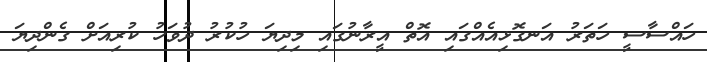
ހައްސާސީ ހަތަރު އަނގޮޅިއެއްގައި އޮތް އީރާނުގައި މިދިޔަ ހުކުރު ދުވަހު ކުރިއަށް ގެންދިޔަ